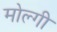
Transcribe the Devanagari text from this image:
मोल्गी